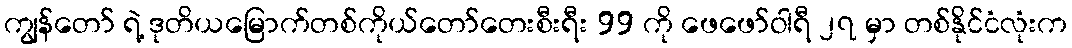
ကျွန်တော် ရဲ့ ဒုတိယမြောက်တစ်ကိုယ်တော်တေးစီးရီး 99 ကို ဖေဖော်ဝါရီ ၂၇ မှာ တစ်နိုင်ငံလုံးက